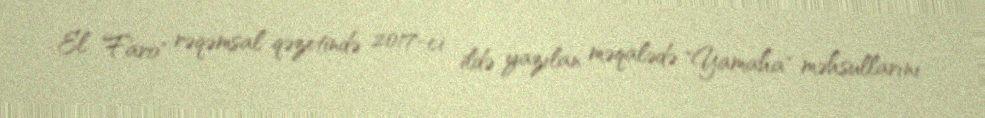
El Faro" rəqəmsal qəzetində 2017-ci ildə yazılan məqalədə "Yamaha" məhsullarını